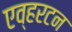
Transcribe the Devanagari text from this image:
एव्हरटन